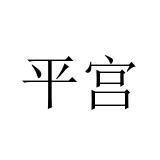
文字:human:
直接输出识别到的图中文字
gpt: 平宫